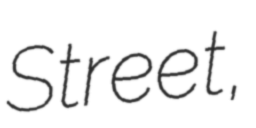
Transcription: Street,